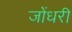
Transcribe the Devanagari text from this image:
जोंधरी